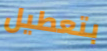
بتعطيل